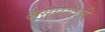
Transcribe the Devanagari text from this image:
केसरियाजी